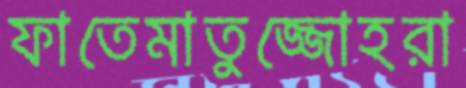
ফাতেমাতুজ্জোহরা